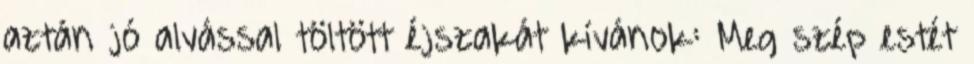
aztán jó alvással töltött éjszakát kívánok: Meg szép estét